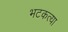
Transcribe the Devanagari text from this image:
भटकत्या